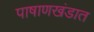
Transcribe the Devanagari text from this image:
पाषाणखंडात